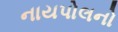
નાયપોલનો